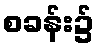
စခန်း၌